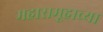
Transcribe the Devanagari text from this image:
महासमूहाच्या